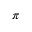
\pi